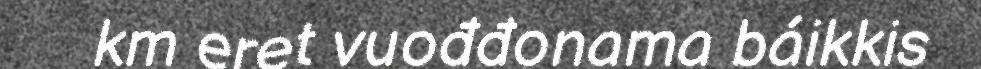
km eret vuođđonama báikkis